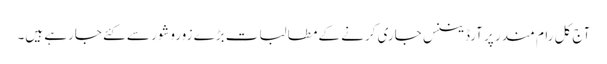
آج کل رام مندر پر آرڈیننس جاری کرنے کے مطالبات بڑے زوروشور سے کئے جارہے ہیں۔